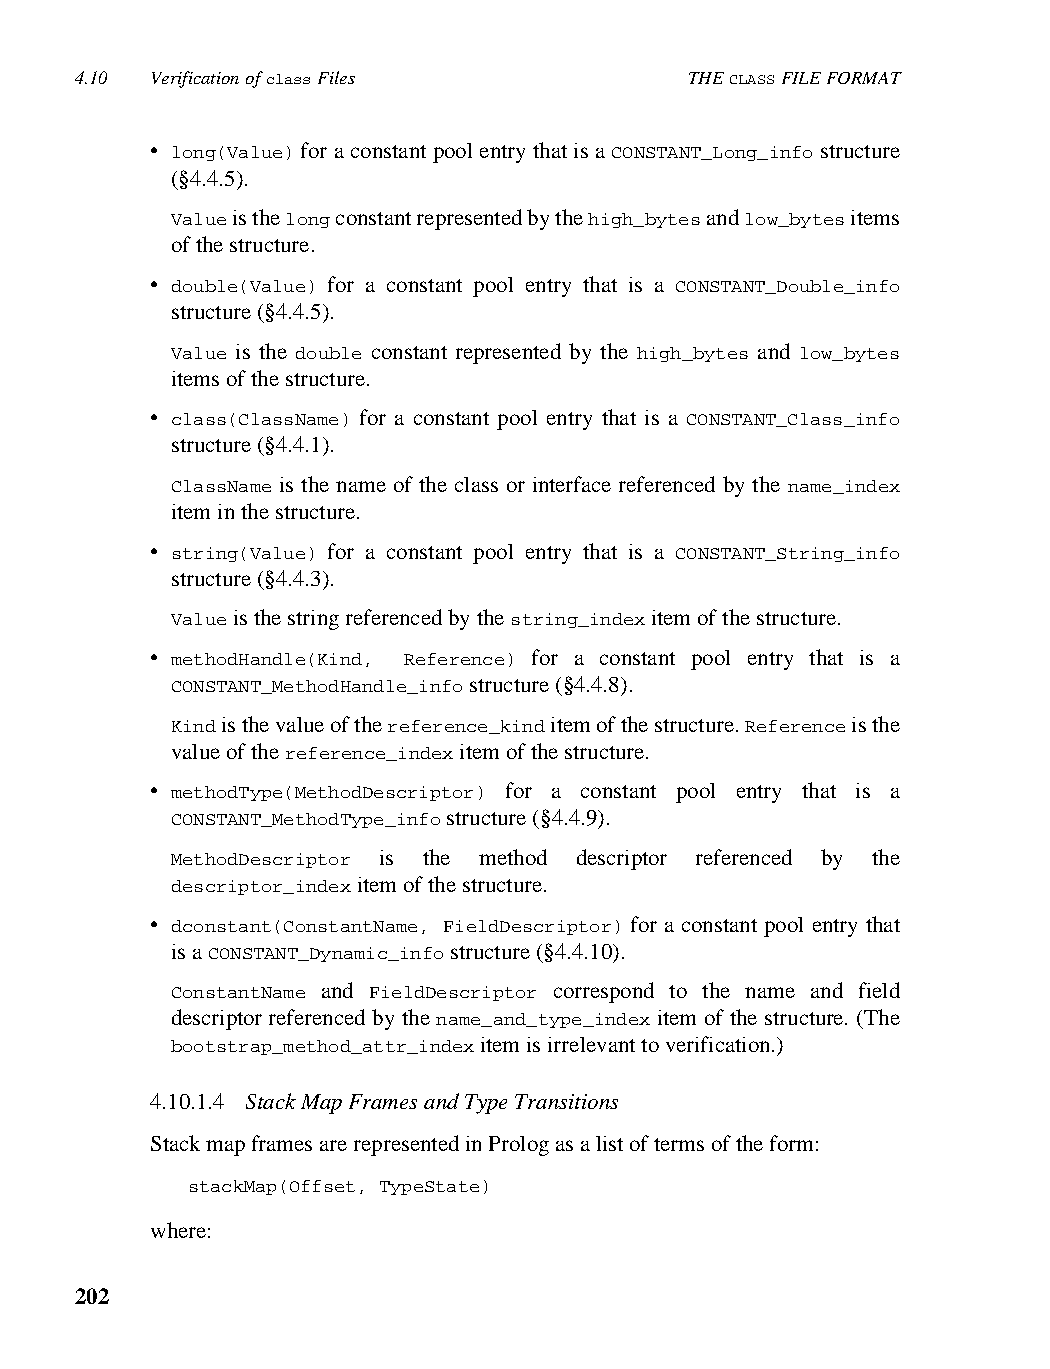
4.10 Verification of class Files         THE CLASS FILE FORMAT
 • long(Value) for a constant pool entry that is a CONSTANT_Long_info structure
 (§4.4.5).
 Value is the long constant represented by the high_bytes and low_bytes items
 of the structure.
 • double(Value) for a constant pool entry that is a CONSTANT_Double_info
 structure (§4.4.5).
 Value is the double constant represented by the high_bytes and low_bytes
 items of the structure.
 • class(ClassName) for a constant pool entry that is a CONSTANT_Class_info
 structure (§4.4.1).
 ClassName is the name of the class or interface referenced by the name_index
 item in the structure.
 • string(Value) for a constant pool entry that is a CONSTANT_String_info
 structure (§4.4.3).
 Value is the string referenced by the string_index item of the structure.
 • methodHandle(Kind, Reference) for a constant pool entry that is a
 CONSTANT_MethodHandle_info structure (§4.4.8).
 Kind is the value of the reference_kind item of the structure. Reference is the
 value of the reference_index item of the structure.
 • methodType(MethodDescriptor) for a constant pool entry that is a
 CONSTANT_MethodType_info structure (§4.4.9).
 MethodDescriptor is the method descriptor referenced by the
 descriptor_index item of the structure.
 • dconstant(ConstantName, FieldDescriptor) for a constant pool entry that
 is a CONSTANT_Dynamic_info structure (§4.4.10).
 ConstantName and FieldDescriptor correspond to the name and field
 descriptor referenced by the name_and_type_index item of the structure. (The
 bootstrap_method_attr_index item is irrelevant to verification.)
 4.10.1.4 Stack Map Frames and Type Transitions
 Stack map frames are represented in Prolog as a list of terms of the form:
 stackMap(Offset, TypeState)
 where:
 202